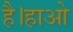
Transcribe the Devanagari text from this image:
है।हाओ